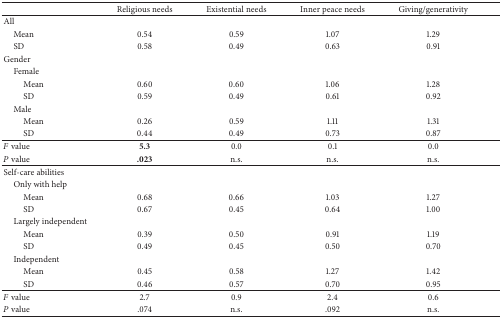
<table><thead><tr><td><b> </b></td><td><b>Religious needs</b></td><td><b>Existential needs</b></td><td><b>Inner peace needs</b></td><td><b>Giving/generativity</b></td></tr></thead><tbody><tr><td>All</td><td> </td><td> </td><td> </td><td> </td></tr><tr><td> Mean</td><td>0.54</td><td>0.59</td><td>1.07</td><td>1.29</td></tr><tr><td> SD</td><td>0.58</td><td>0.49</td><td>0.63</td><td>0.91</td></tr><tr><td>Gender</td><td> </td><td> </td><td> </td><td> </td></tr><tr><td> Female</td><td> </td><td> </td><td> </td><td> </td></tr><tr><td>Mean</td><td>0.60</td><td>0.60</td><td>1.06</td><td>1.28</td></tr><tr><td>SD</td><td>0.59</td><td>0.49</td><td>0.61</td><td>0.92</td></tr><tr><td> Male</td><td> </td><td> </td><td> </td><td> </td></tr><tr><td>Mean</td><td>0.26</td><td>0.59</td><td>1.11</td><td>1.31</td></tr><tr><td>SD</td><td>0.44</td><td>0.49</td><td>0.73</td><td>0.87</td></tr><tr><td><i>F</i> value</td><td><b>5.3</b></td><td>0.0</td><td>0.1</td><td>0.0</td></tr><tr><td><i>P</i> value</td><td><b>.023</b></td><td>n.s.</td><td>n.s.</td><td>n.s.</td></tr><tr><td>Self-care abilities</td><td> </td><td> </td><td> </td><td> </td></tr><tr><td> Only with help</td><td> </td><td> </td><td> </td><td> </td></tr><tr><td>Mean</td><td>0.68</td><td>0.66</td><td>1.03</td><td>1.27</td></tr><tr><td>SD</td><td>0.67</td><td>0.45</td><td>0.64</td><td>1.00</td></tr><tr><td> Largely independent</td><td> </td><td> </td><td> </td><td> </td></tr><tr><td>Mean</td><td>0.39</td><td>0.50</td><td>0.91</td><td>1.19</td></tr><tr><td>SD</td><td>0.49</td><td>0.45</td><td>0.50</td><td>0.70</td></tr><tr><td> Independent</td><td> </td><td> </td><td> </td><td> </td></tr><tr><td>Mean</td><td>0.45</td><td>0.58</td><td>1.27</td><td>1.42</td></tr><tr><td>SD</td><td>0.46</td><td>0.57</td><td>0.70</td><td>0.95</td></tr><tr><td><i>F</i> value</td><td>2.7</td><td>0.9</td><td>2.4</td><td>0.6</td></tr><tr><td><i>P</i> value</td><td>.074</td><td>n.s.</td><td>.092</td><td>n.s.</td></tr></tbody></table>